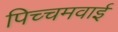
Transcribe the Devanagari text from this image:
पिच्चमवाई